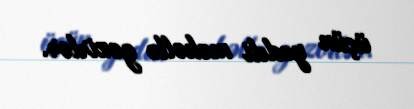
üçün yeddi məhəllə gəzirlər.